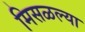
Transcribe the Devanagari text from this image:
मिसळल्या